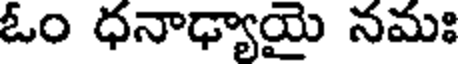
ఓం ధనాఢ్యాయై నమః